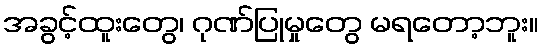
အခွင့်ထူးတွေ၊ ဂုဏ်ပြုမှုတွေ မရတော့ဘူး။